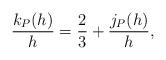
LaTeX: \begin{align*}\frac{k_P(h)}{h}=\frac{2}{3}+\frac{j_P(h)}{h}, \end{align*}